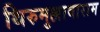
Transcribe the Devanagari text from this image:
थिरुमुल्लावाराम